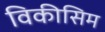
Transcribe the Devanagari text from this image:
विकीसिम